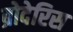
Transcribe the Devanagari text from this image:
ब्रोदेरिस